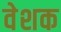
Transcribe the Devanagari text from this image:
वेशक